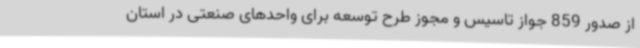
از صدور 859 جواز تاسیس و مجوز طرح توسعه برای واحدهای صنعتی در استان